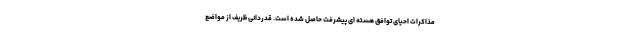
مذاکرات احیای توافق هسته ای پیشرفت حاصل شده است. قدردانی ظریف از مواضع